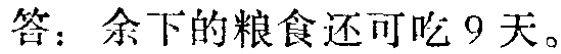
答：余下的粮食还可吃 9 天。